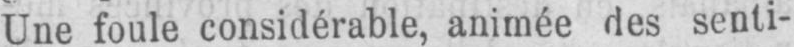
Une foule considérable, animée des senti-